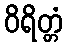
ဝိရိတ္တံ